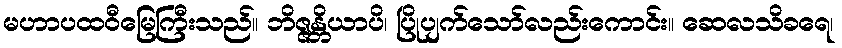
မဟာပထဝီမြေကြီးသည်။ ဘိဇ္ဇန္တိယာပိ၊ ပြိုပျက်သော်လည်းကောင်း။ ဆေလသိခရေ၊